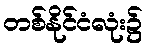
တစ်နိုင်ငံလုံး၌